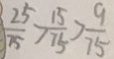
\frac { 2 5 } { 7 5 } > \frac { 1 5 } { 7 5 } > \frac { 9 } { 7 5 }